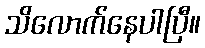
သိလောက်နေပါပြီ။